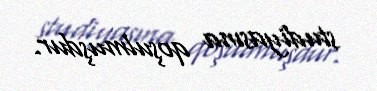
studiyasına qoşulmuşdur.